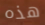
هذه